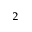
_ 2